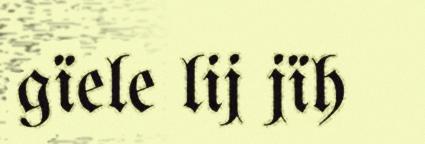
gïele lij jïh